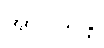
အာဝိသန္တိ